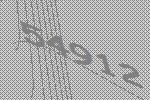
54912